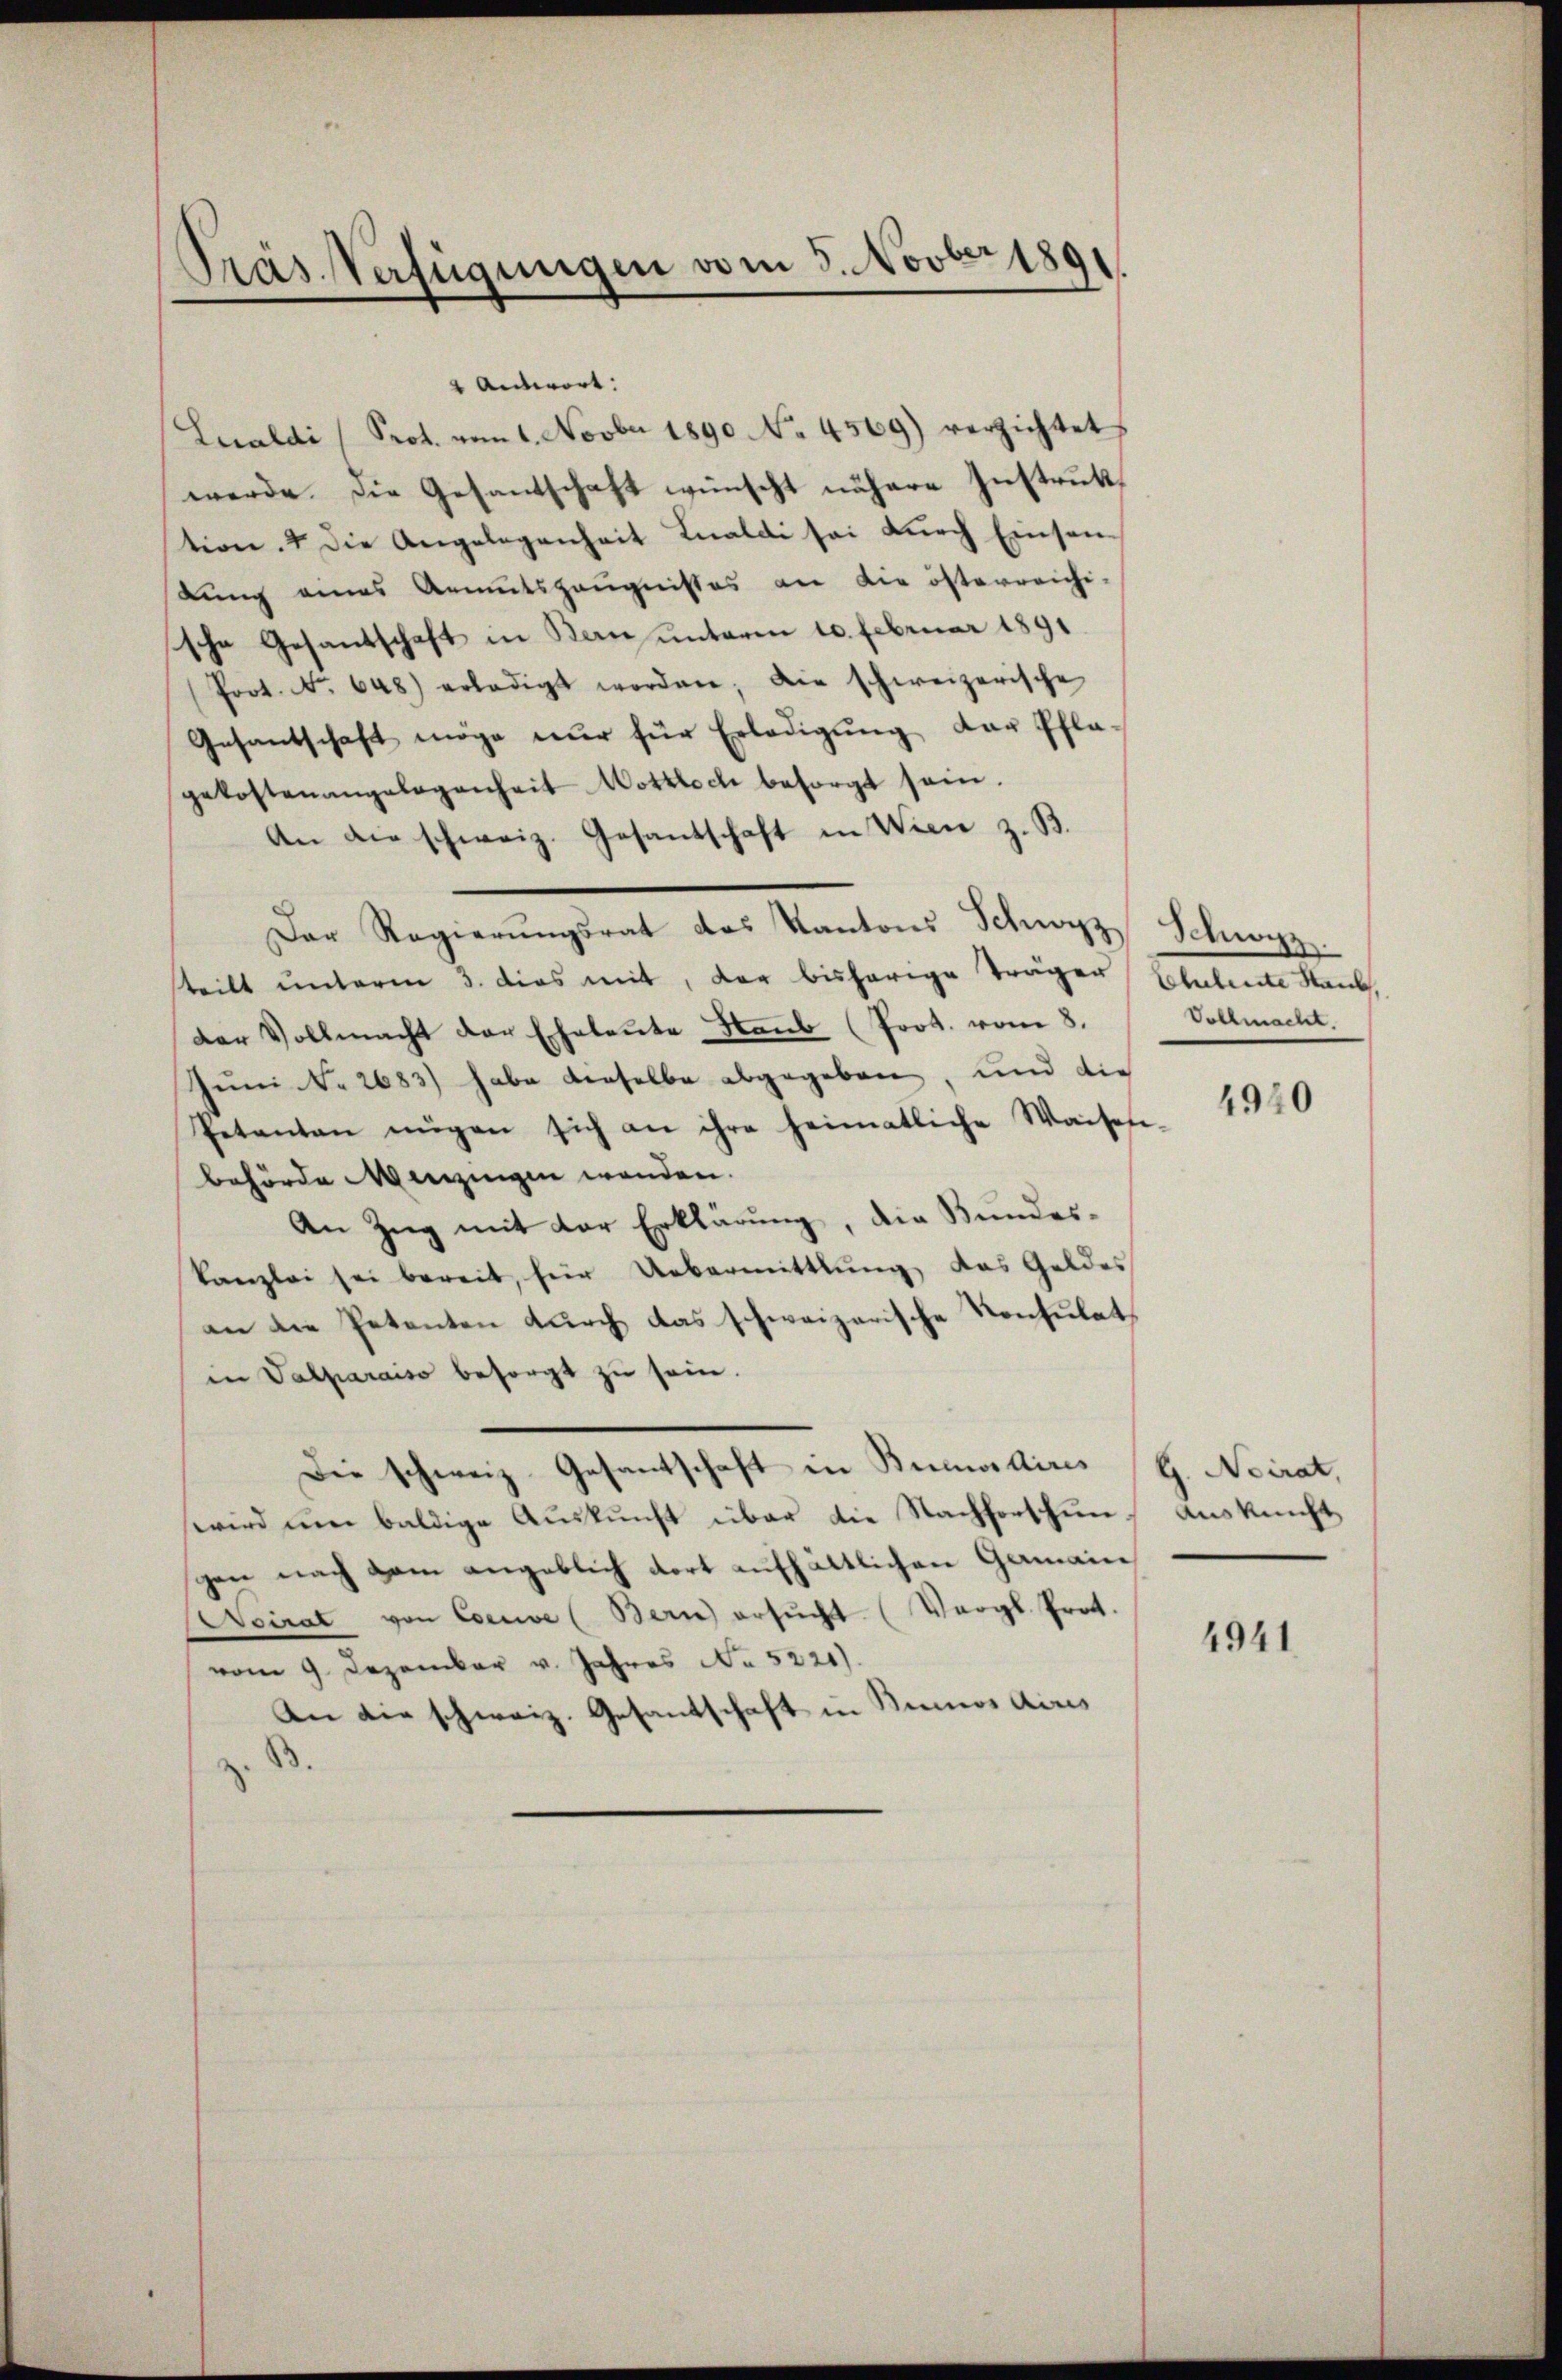
Präs. Verfügungen vom 5. Novber 1891

2 Antwort:
Lualdi Prot. vom 1. Novber 1890 No 4569) verzichtet
werde. Die Gesandschaft wünscht nähere Instruktion. 4 die Angelegenheit Inaldi sei dŭrch Einsen
lung eines Armutszeugnisses an die österreichi-
sche Gesantschaft in Bau unterm 10. Februar 1891.
Prot. No. 648) erledigt worden; die schweizerische
Gesantschaft möge nur für Erledigŭng der Pfla-
gekostenangelegenheit Nottloch besorgt sein.
An die schweiz. Gesantschaft in Wien z. B.
Der Regierŭngsrat des Kantons Schwyz, Schwyz
steilt unterm 3. dies mit, der bisherige Träger Schulente Staub,
der Vollmacht der Eheleute Haub (Prot. vom 8.
Juni No 2683) habe dieselbe abgegeben, und die
Petenten mügen sich an ihre heimatliche Waisesi-
behörde Menzingen wenden.
An Zug mit der Erklärung, die Bundes¬
Kanzlei sei bereit, für Uebermittlung, das Geldes
an die Petenten durch das schweizerische Konsulatin Valparaiso besorgt zu sein.
Die schweiz. Gesantschaft in Bunwidires (H. Neirat,
wird um baldige Auskunft über die Nachforschen Auskunft,
chen nach dem angeblich dort aufhältlichen Gamain
Weirat von Cove (Bern ersŭcht (Vergl. Prot.
vom 9. Dezember v. Jahres No 5221).
An die schweiz. Gesantschaft in Kinos Aires

Vollmacht.

4940

4941